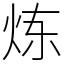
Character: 炼